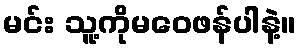
မင်း သူ့ကိုမဝေဖန်ပါနဲ့။